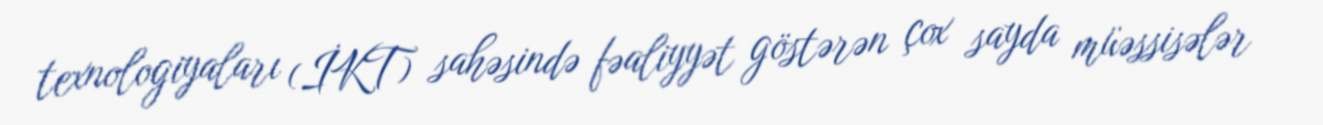
texnologiyaları (İKT) sahəsində fəaliyyət göstərən çox sayda müəssisələr